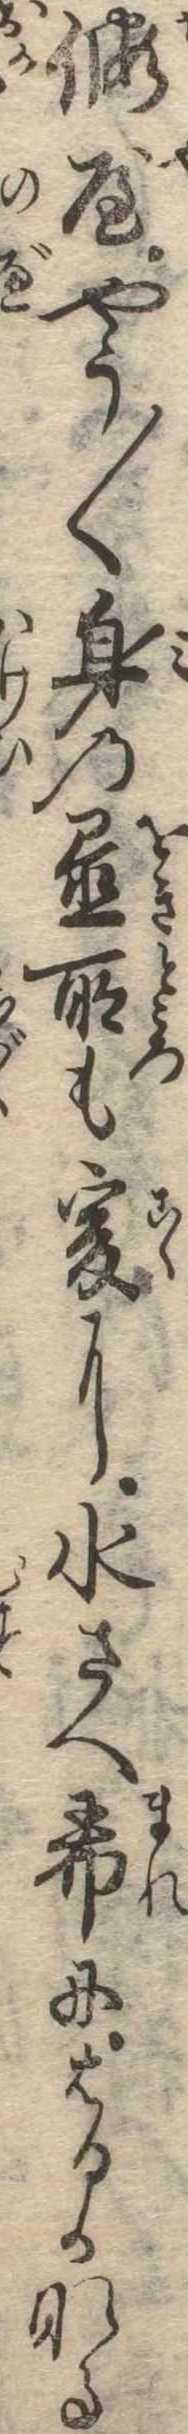
仮屋やう〱身の置所も爰に水さへ希にはるかなる